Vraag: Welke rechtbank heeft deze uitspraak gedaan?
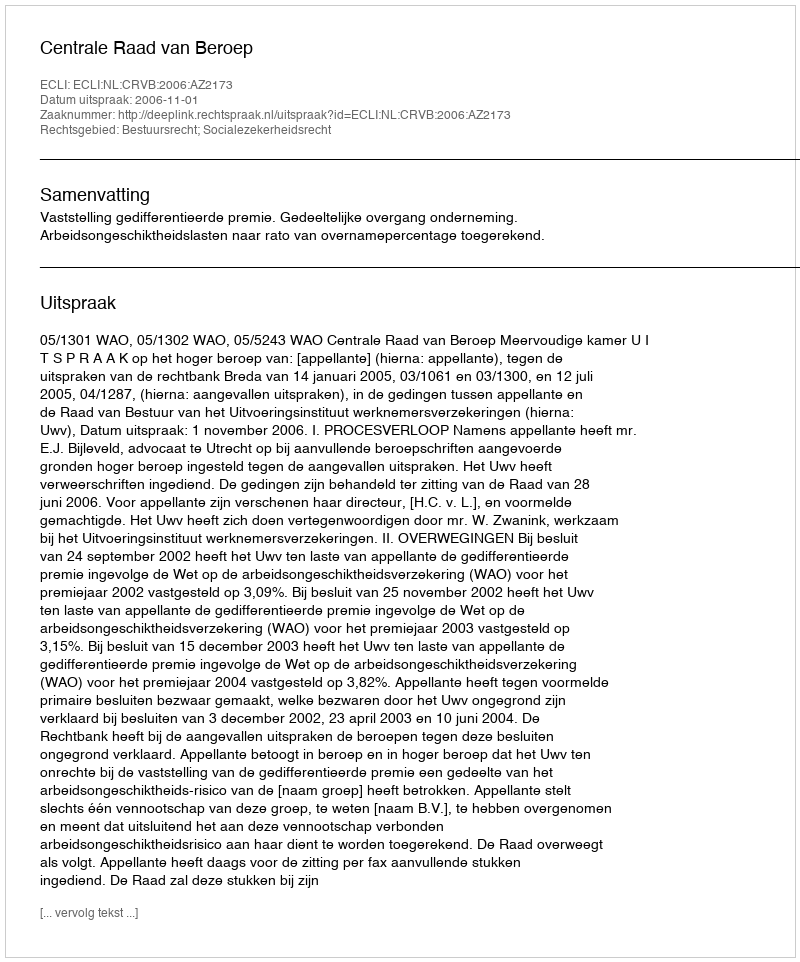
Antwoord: Centrale Raad van Beroep